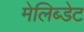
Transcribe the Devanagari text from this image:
मेलिब्डेट